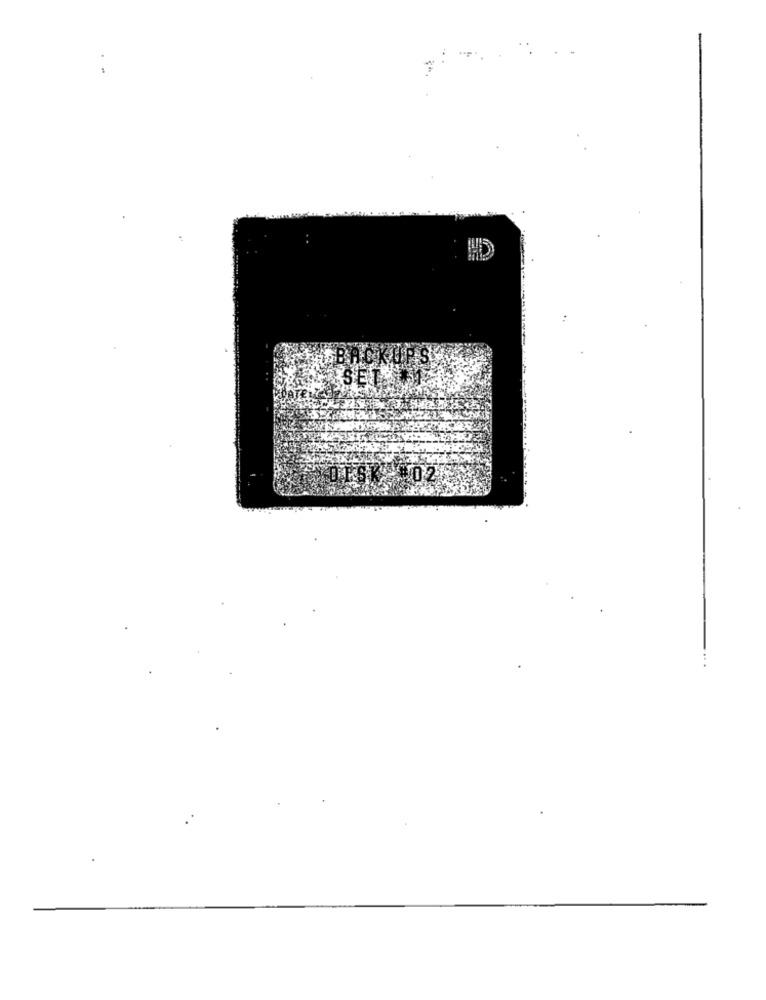
.. ..
402